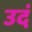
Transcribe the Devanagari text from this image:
उदं